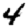
Digit: 4